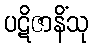
ပဋိဇာနိံသု